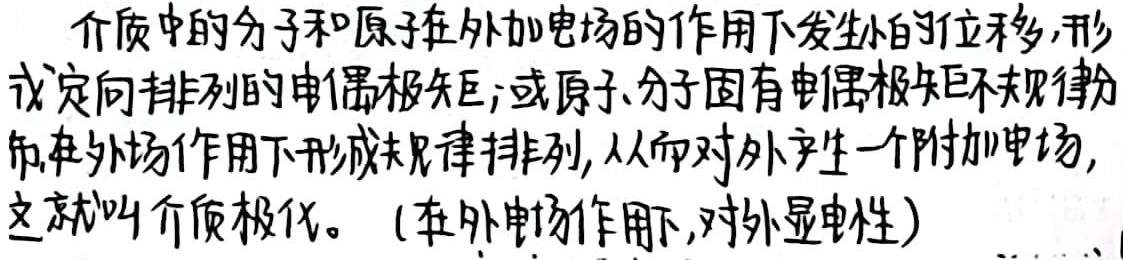
介质中的分子和原子在外加电场的作用下发生小的位移, 形
成定向排列的电偶极矩; 或原子、分子固有电偶极矩不规律分
布, 在外场作用下形成规律排列, 从而对外产生一个附加电场,
这就叫介质极化。(在外电场作用下, 对外显电性)